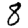
Digit: 8